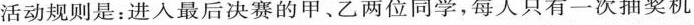
活动规则是：进入最后决赛的甲、乙两位同学，每人只有一次抽奖机